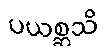
ပယစ္ဆသိ